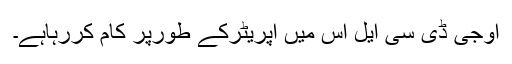
اوجی ڈی سی ایل اس میں آپریٹرکے طورپر کام کررہاہے۔